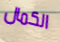
الكمال